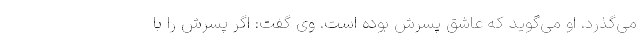
می‌گذرد. او می‌گوید که عاشق پسرش بوده است. وی گفت: اگر پسرش را با